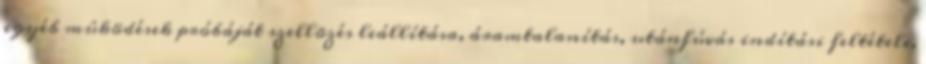
egyéb mûködések próbáját szellõzés leállítása, áramtalanítás, utánfúvás indítási feltétele,